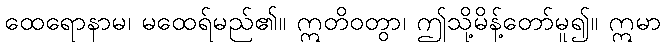
ထေရောနာမ၊ မထေရ်မည်၏။ ဣတိဝတွာ၊ ဤသို့မိန့်တော်မူ၍။ ဣမာ